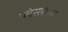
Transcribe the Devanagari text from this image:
प्लेससंसद